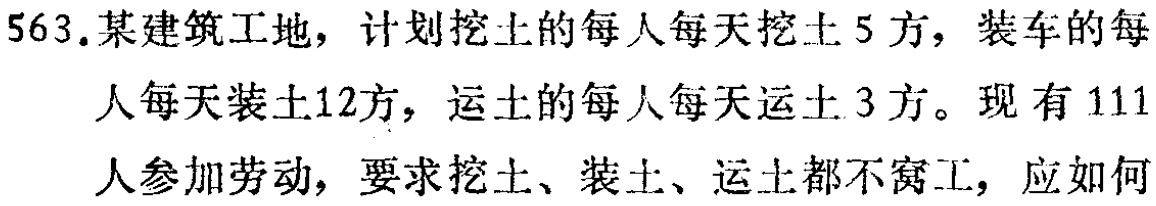
563. 某建筑工地，计划挖土的每人每天挖土 5 方，装车的每人每天装土12方，运土的每人每天运土 3 方。现有 111人参加劳动，要求挖土、装土、运土都不窝工，应如何